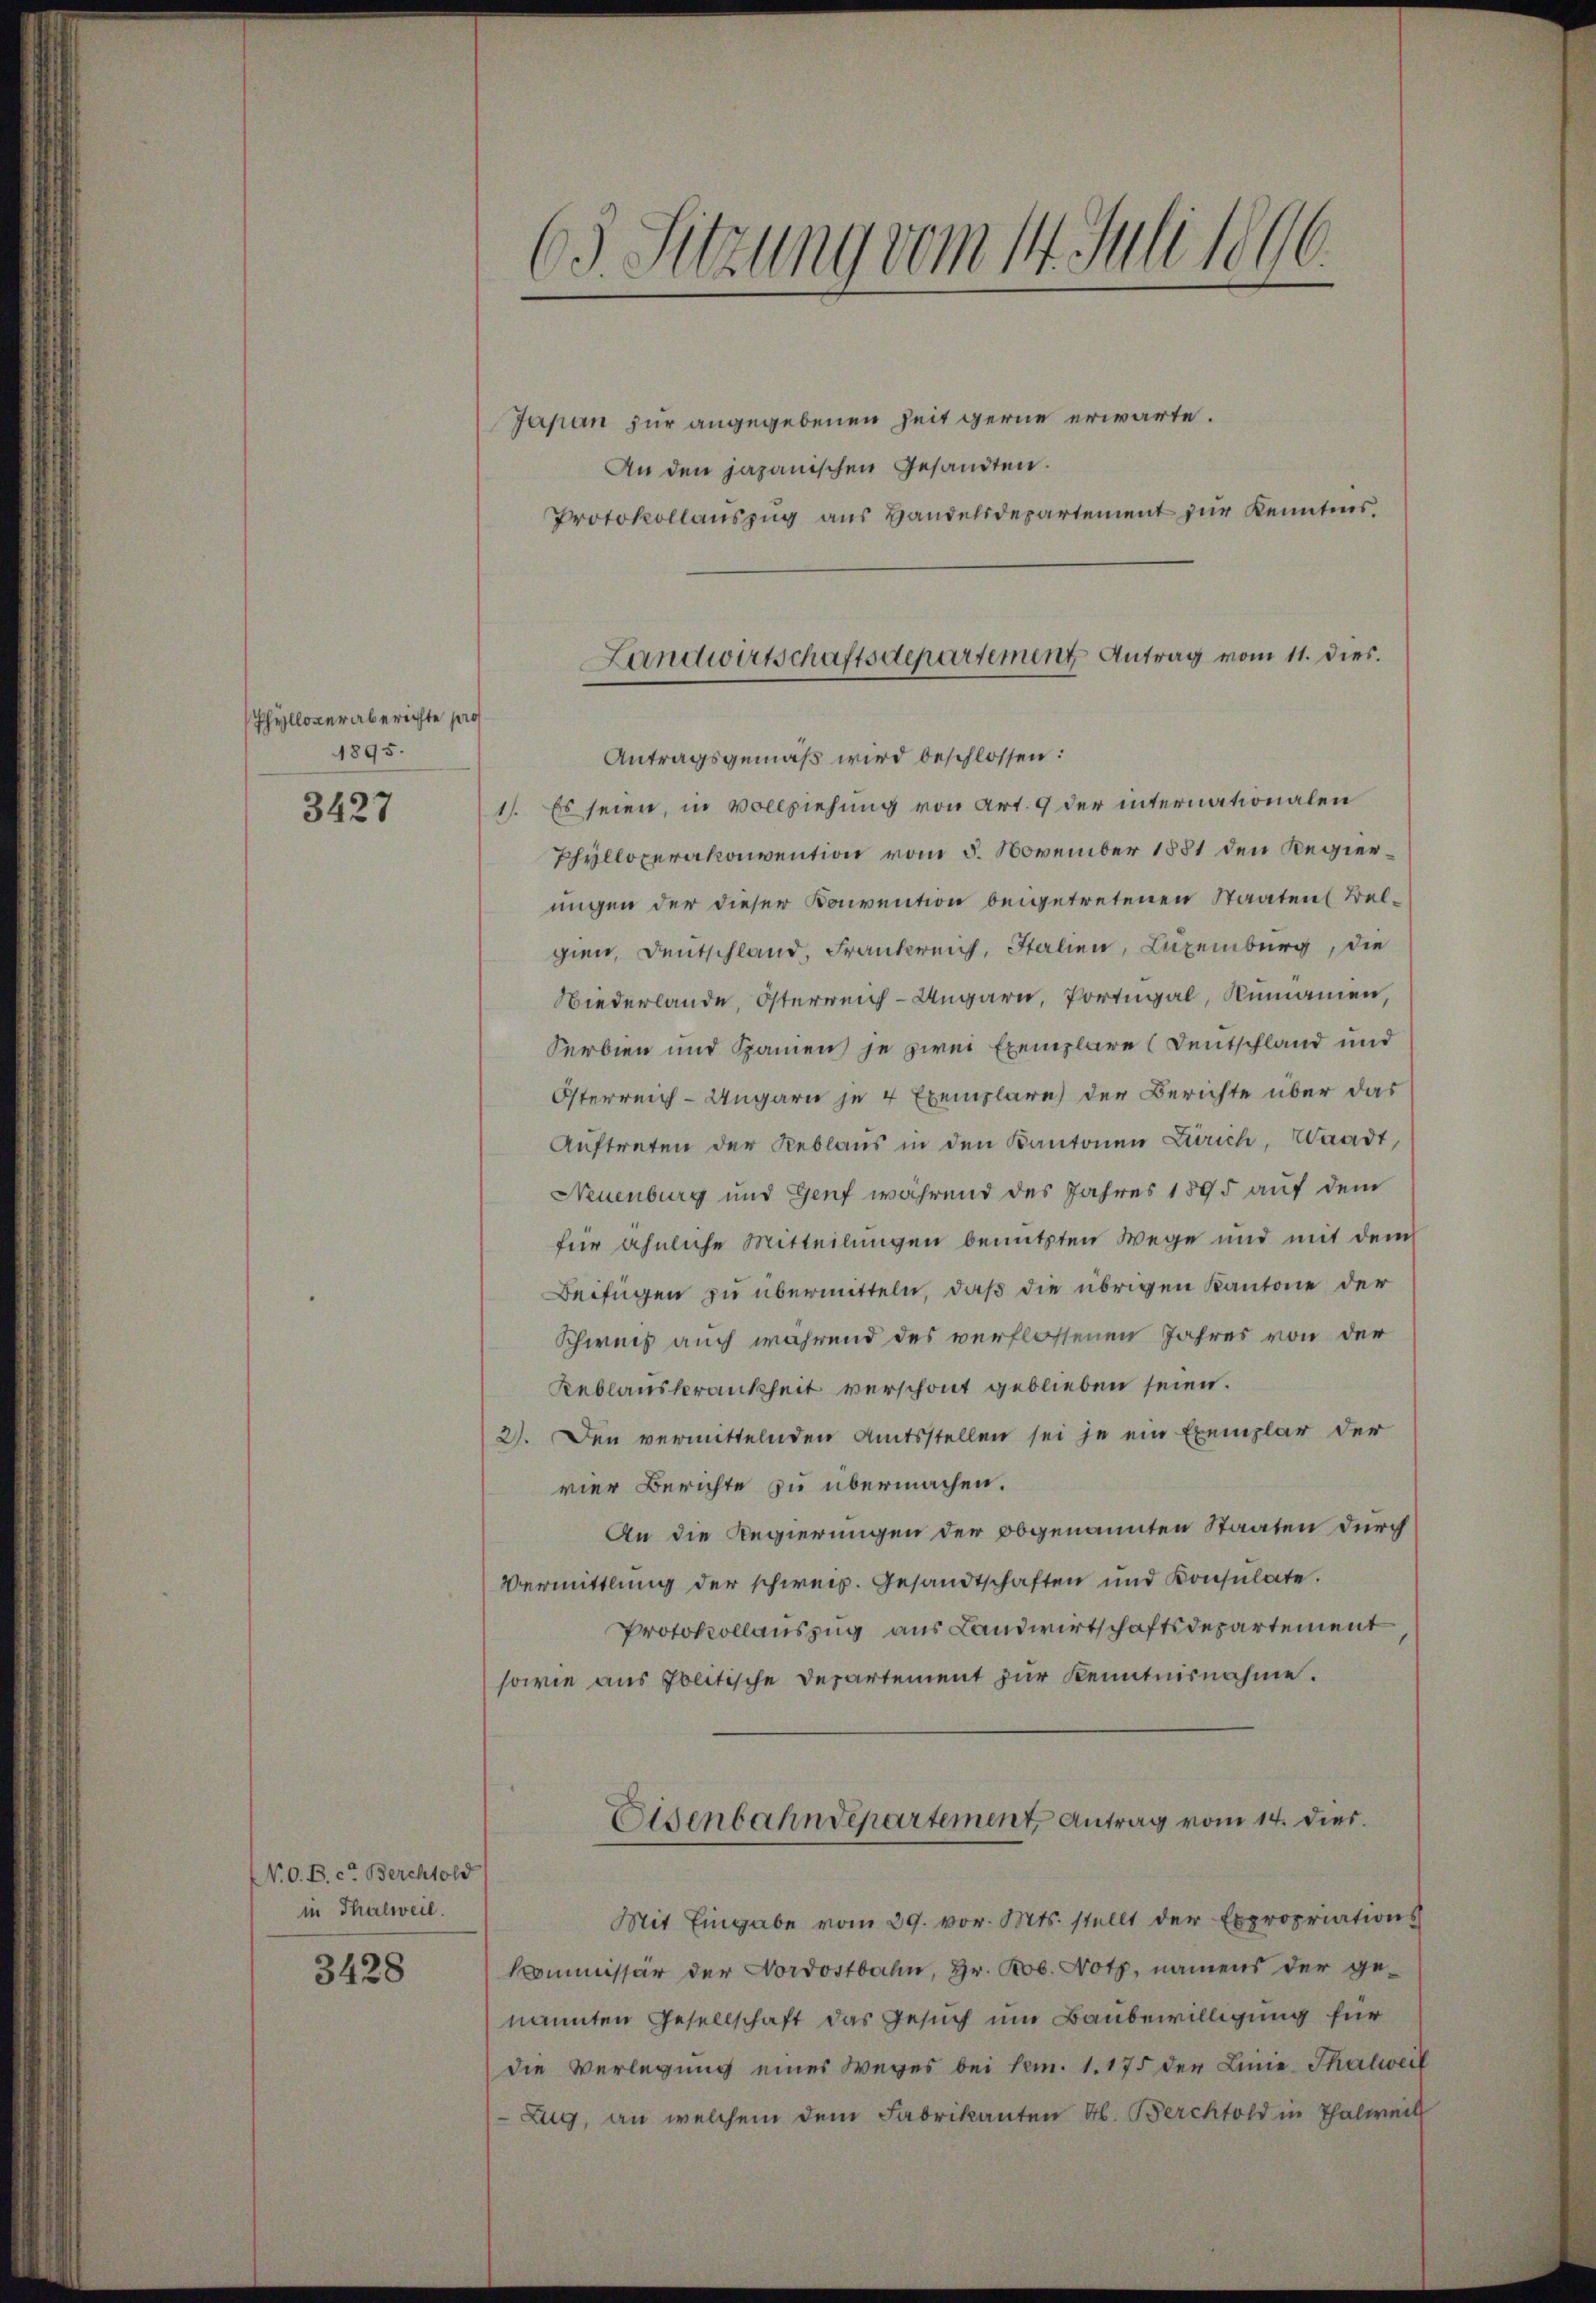
Phyllover aberichte pro
1895.

3427

N. O. B. c. Berchtold
in Thalweil.

3428

Suzung vom 14. Juni 1846.
¬

Japan zur angegebenen Zeit gerne erwarte.
An den japanischen Gesandten.
Protokollauszug aus Handelsdepartement zur Kenntnis.
Antragsgemäß wird beschlossen:
1). Es seien, in Vollziehung von Art. 9 der internationalen
Phylloperakonvention vom 5. November 1881 den Regierungen der dieser Konvention beigetretenen Staaten Belgien, Deutschland, Frankreich, Salien, Luzeiburg, die
Niederlande, Österreich-Ungarn, Portugal, Rumannen,
Serbien und Spanien je zwei Exemplare (Deutschland und
Österreich-Ungarn je 4 Exemplare der Berichte über das
Auftreten der Reblaus in den Kantonen Zürich, Waadt,
Neuenburg und Genf während des Jahres 1895 auf dem
für ähnliche Mitteilungen benutzten Wege und mit dem
Beifügen zu übermitteln, daß die übrigen Kantone der
Schweis auch während des verflossenen Jahres von der
Reblanskrankheit verschont geblieben seien.
2). Den vermittelnden Amtsstellen sei je ein Exemplar der
vier Berichte zu übermachen.
An die Regierungen der obgenannten Staaten durch
Vermittlung der schweiz. Gesandtschaften und Konsulate.
Protokollauszug aus Landwirtschaftsdepartement
sowie aus Politische Departement zur Kenntnisnahme.
Eisenbahndepartement, Antrag vom 14. dies.
Mit Eingabe vom 29. vor. Mts. stellt der Expropriations
Kommissär der Nordostbahn, Hr. Rob. Noth, namens der ge-
nannten Gesellschaft das Gesuch um Baubewilligung für
die Verlegung eines Weges bei Nem. 1. 175 der Linie-Thalweil
Zug, an welchem dem Fabrikanten M. Berchtold in Thalweil

Landwirtschaftsdepartement Antrag vom 11. dies.